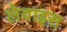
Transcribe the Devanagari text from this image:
लेवाइस